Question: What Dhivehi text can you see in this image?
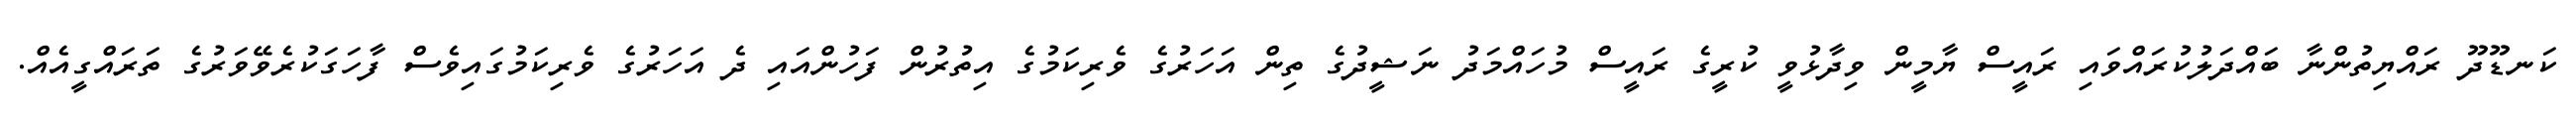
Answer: ކަނޑޫދޫ ރައްޔިތުންނާ ބައްދަލުކުރައްވައި ރައީސް ޔާމީން ވިދާޅުވީ ކުރީގެ ރައީސް މުހައްމަދު ނަޝީދުގެ ތިން އަހަރުގެ ވެރިކަމުގެ އިތުރުން ފަހުންއައި ދެ އަހަރުގެ ވެރިކަމުގައިވެސް ފާހަގަކުރެވޭވަރުގެ ތަރައްގީއެއް.